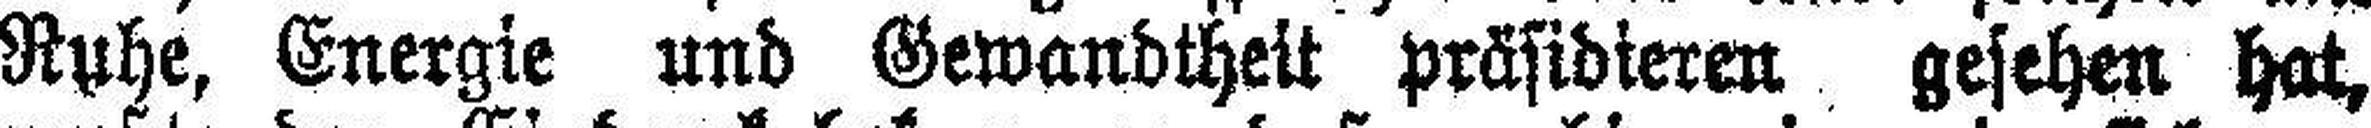
Ruhe, Energie und Gewandtheit präsidieren gesehen hat,